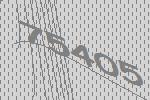
75405